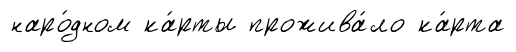
наро́дном ка́рты прожива́ло ка́рта